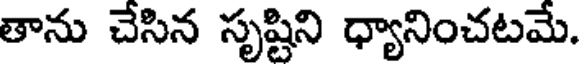
తాను చేసిన సృష్టిని ధ్యానించటమే.